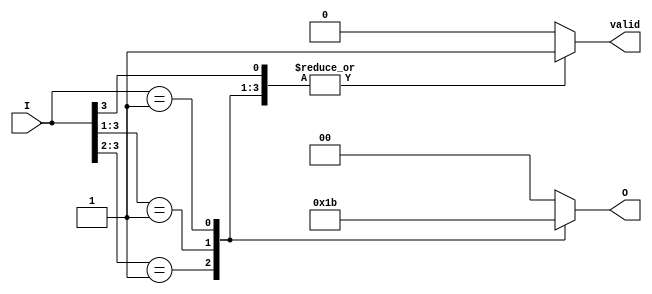
module binary_encoder (
    input wire [3:0] I, // 4 input lines
    output reg [1:0] O, // 2 output lines
    output reg valid    // Valid signal to indicate if an input is active
);

    always @(*) begin
        // Default values
        O = 2'b00; // Default output (undefined state)
        valid = 1'b0; // Default valid signal

        // Priority encoding logic
        casez (I)
            4'b1???: begin
                O = 2'b00; // I[0] is active
                valid = 1'b1;
            end
            4'b01??: begin
                O = 2'b01; // I[1] is active
                valid = 1'b1;
            end
            4'b001?: begin
                O = 2'b10; // I[2] is active
                valid = 1'b1;
            end
            4'b0001: begin
                O = 2'b11; // I[3] is active
                valid = 1'b1;
            end
            default: begin
                O = 2'b00; // No active input, output is 00
                valid = 1'b0; // No valid signal
            end
        endcase
    end
endmodule